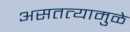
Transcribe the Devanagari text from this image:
असतत्यामुळे